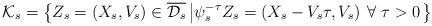
LaTeX: \begin{align*}\mathcal{K}_s = \left\{ Z_s = \left(X_s,V_s\right) \in \overline{\mathcal{D}_s} \left|\psi_s^{-\tau} Z_s = \left( X_s-V_s \tau,V_s \right) \; \forall\; \tau > 0 \right. \right\}\end{align*}